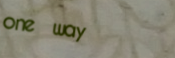
one way